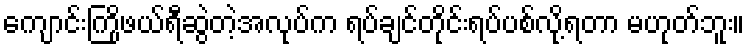
ကျောင်းကြိုဖယ်ရီဆွဲတဲ့အလုပ်က ရပ်ချင်တိုင်းရပ်ပစ်လို့ရတာ မဟုတ်ဘူး။